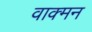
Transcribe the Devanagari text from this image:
वाक्मन